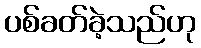
ပစ်ခတ်ခဲ့သည်ဟု